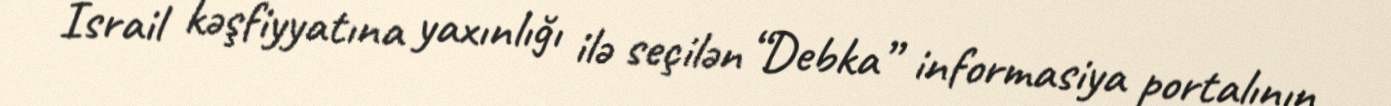
İsrail kəşfiyyatına yaxınlığı ilə seçilən “Debka” informasiya portalının